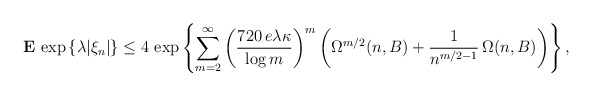
\begin{align*}{\bf E}\,\exp \left\{ \lambda |\xi _{n}|\right\} \le 4\,\exp \left\{\sum_{m=2}^{\infty }\left( \frac{720\,e\lambda \kappa }{\log m}\right)^{m}\left( \Omega ^{m/2}(n,B)+\frac{1}{n^{m/2-1}}\,\Omega (n,B)\right)\right\} , \end{align*}